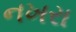
નખરા